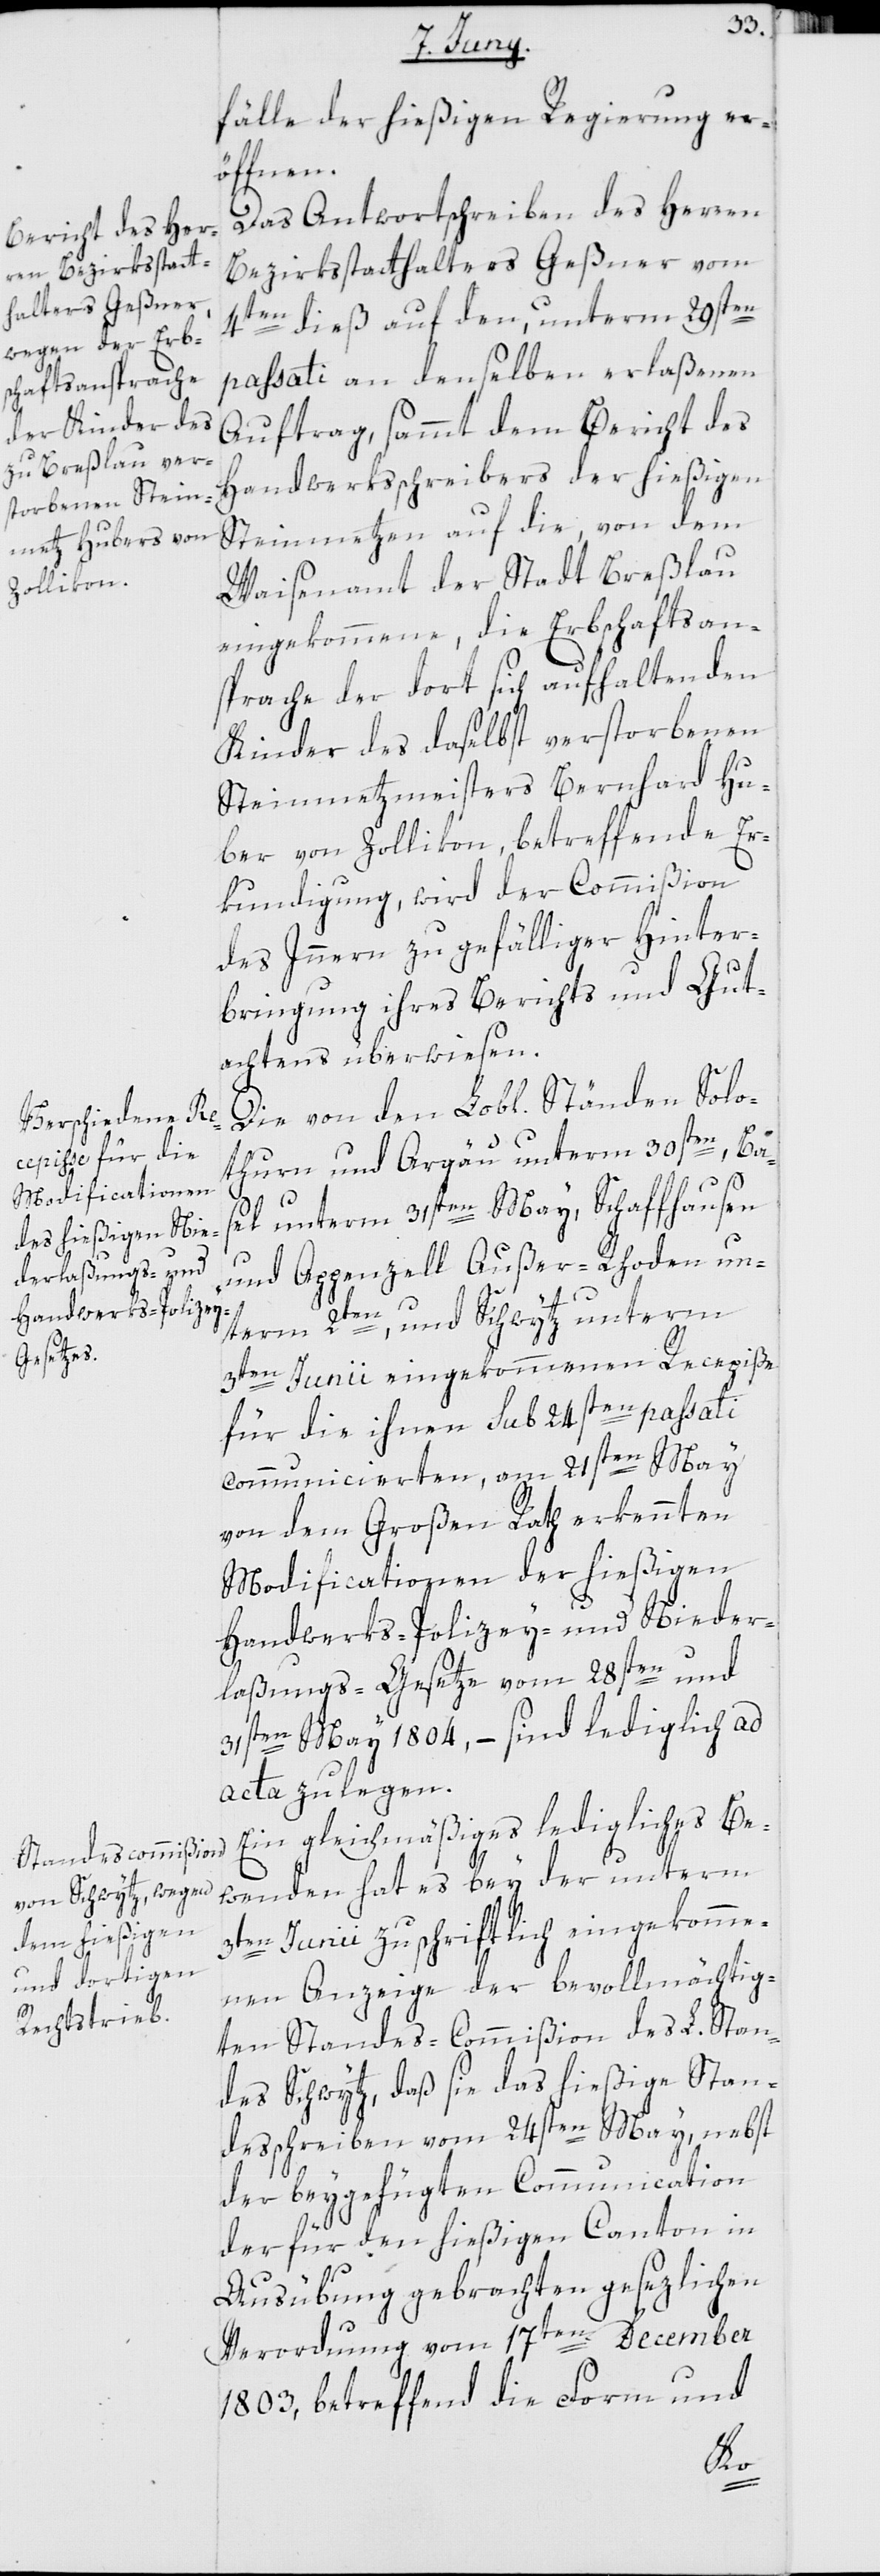
fälle der hießigen Regierung er¬
öffnen.
Das Antwortschreiben des Herren
Bezirksstatthalters Geßner vom
4ten dieß auf den, unterm 29sten
passati an denselben erlaßenen
Auftrag, sammt dem Bericht des
Handwerksschreibers der hießigen
Steinmetzen auf die, von dem
Waisenamt der Stadt Breßlau
eingekommene, die Erbschaftsan¬
sprache der dort sich aufhaltenden
Kinder des daselbst verstorbenen
Steinmetzmeisters Bernhard Hu¬
ber von Zollikon, betreffende Er¬
kundigung, wird der Commißion
des Innern zu gefälliger Hinter¬
bringung ihres Berichts und Gut¬
achtens überwiesen.
Die von den Lobl. Ständen Solo¬
thurn und Argäu unterm 30sten, Bas¬
el unterm 31sten May, Schaffhausen
und Appenzell Außer-Rhoden un¬
term 2ten, und Schwytz unterm
3ten Junii eingekommenen Recepiße
für die ihnen sub 24sten passati
communicierten, am 21sten May
von dem Großen Rath erkennten
Modificationen der hießigen
Handwerks-Polizey- und Nieder¬
laßungs-Gesetze vom 28sten und
31sten May 1804, – sind lediglich ad
acta zu legen.
Ein gleichmäßiges ledigliches Be¬
wenden hat es bey der unterm
3ten Junii zuschriftlich eingekomme¬
nen Anzeige der bevollmächtig¬
en Sttandes-Commißion des L. Stan¬
des Schwytz, daß sie das hießige Stan¬
desschreiben vom 24sten May, nebst
der beygefügten Communication
der für den hießigen Canton in
Ausübung gebrachten gesezlichen
Verordnung vom 17ten December
1803, betreffend die Form und